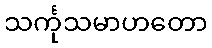
သင်္ကုသမာဟတော